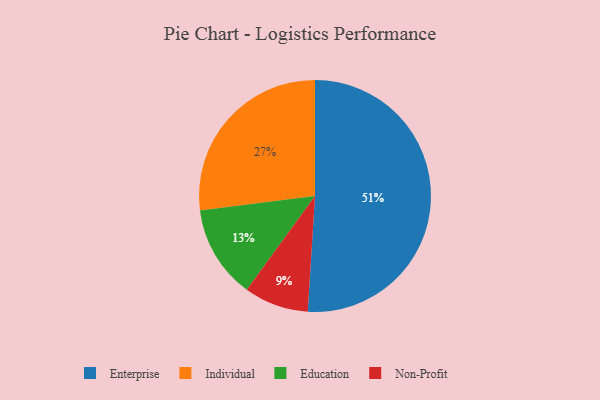
{"axis": {"x": "Category", "y": "Percentage"}, "legend": ["Education", "Enterprise", "Individual", "Non-Profit"], "data": [{"x": "Education", "y": 13, "type": "Education"}, {"x": "Individual", "y": 27, "type": "Individual"}, {"x": "Enterprise", "y": 51, "type": "Enterprise"}, {"x": "Non-Profit", "y": 9, "type": "Non-Profit"}]}